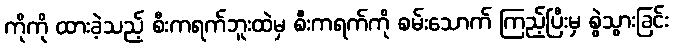
ကိုကို ထားခဲ့သည့် စီးကရက်ဘူးထဲမှ စီးကရက်ကို စမ်းသောက် ကြည့်ပြီးမှ စွဲသွားခြင်း